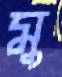
মু